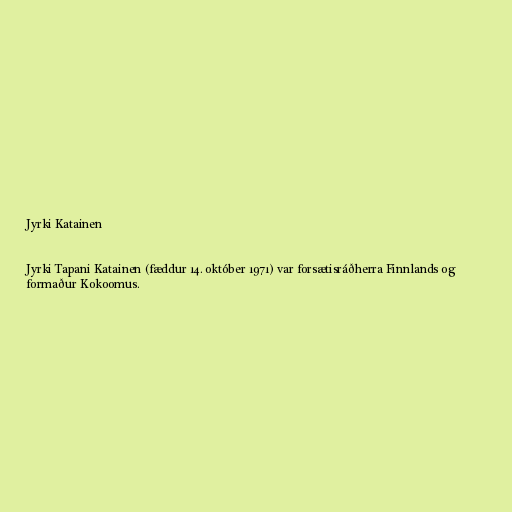
Jyrki Katainen

Jyrki Tapani Katainen (fæddur 14. október 1971) var forsætisráðherra Finnlands og
formaður Kokoomus.